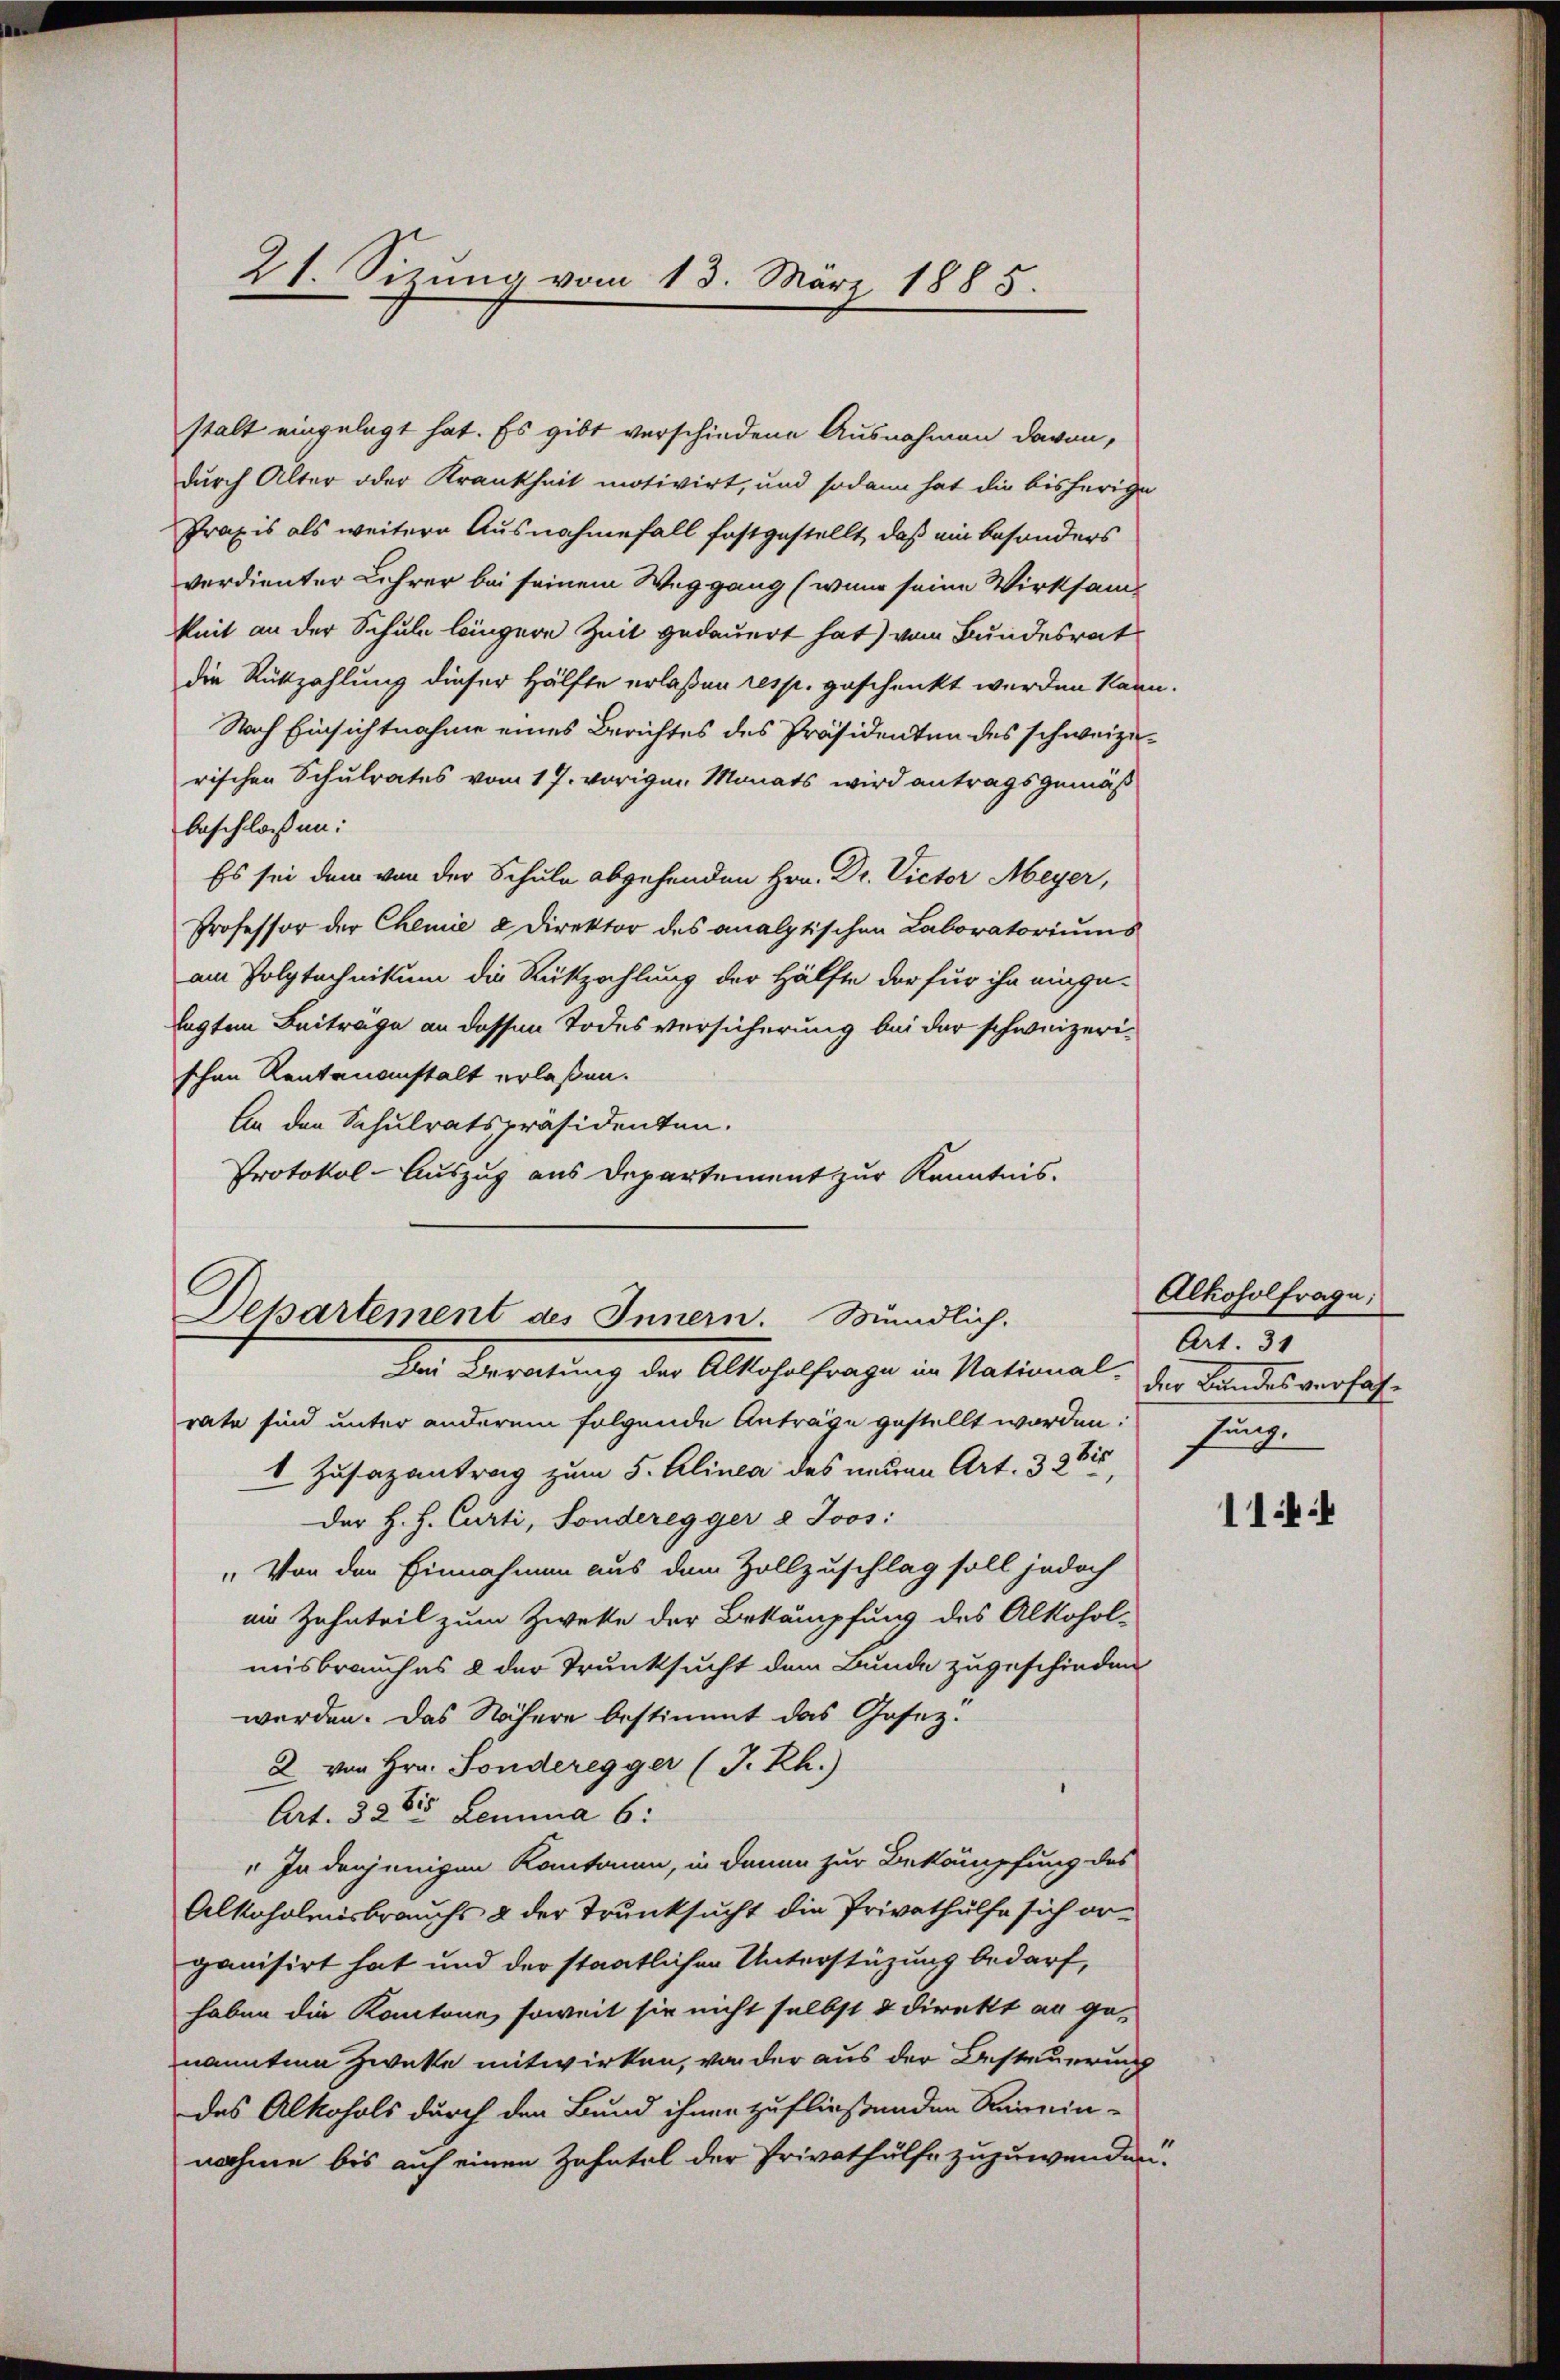
21. Sizung vom 13. März 1885.

stalt eingelegt hat. Es gibt verschiedene Ausnahmen davon,
durch Alter oder Krankheit motivirt, und sodann hat die bisherige
Praxis als weitere Ausnahmefall festgestellt, daß ein besonders
verdienter Lehrer bei seinem Weggang (wenn seine Wirksam-
keit an der Schule längere Zeit gedauert hat) vom Bundesrat
die Rückzahlung dieser Hälfte erlaßen resp. geschenkt werden kann.
Nach Einsichtnahme eines Berichtes des Präsidenten des schweizerischen Schulrates vom 17. vorigen Monats wird antragsgemäß
beschlossen:
Es sei dem von der Schule abgehenden Hrn. Dr. Victor Meyer,
Professor der Chemie 2 Direktor des analptischen Laboratoriums
am Polytechnikum die Rückzahlung der Hälfte der für ihn einge-
lagten Beitrage an dessen Todesversicherung bei der schweizerischen Rentenanstalt erlaßen.
An den Schulratspräsidenten.
Protokol-Auszug aus Departement zur Kenntnis.

Departement des Innern. Mündlich.
Der Beratung der Abschalfrage in National-

rate sind unter anderem folgende Anträge gestellt worden. Jung-
1 Zusazantrag zum 5. Alinea des neuen Art. 32 bis
Der H. H. Curti, Sonderegger 8 Joos:
„Von den Einnahmen aus dem Zollzuschlag soll jedoch
ei Zahnteil zum Zwecke der Bekämpfung des Alkohol-
misbrauches 8 der Trunksucht dem Bunde zugeschieden
werden. Das Nähere bestimmt das Gesez¬
2 von Hrn. Sonderegger (J.Rh.)
Art. 320 Lemma 6:
" In denjenigen Kantonen, in denen zur Bekämpfung des
Alkoholmisbrauchs & der Trunksucht die Privathülfe sich organisirt hat und der staatlichen Unterstützung bedarf,
haben die Kantone, soweit sie nicht selbst u direkt an ge-
nannten Zwecke mitwirken, von der aus der Bestreuerung
des Alkohols durch den Bund ihnen zufließenden Remein-
nahme bis auf einen Zahntel der Privathülfe zuzuwenden.

Alkoholfrage:
Art. 31
der Bundesverfah¬

114